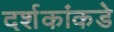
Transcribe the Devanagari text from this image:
दर्शकांकडे